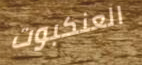
العنكبوت